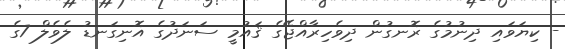
- ކިޔަވައި ދިނުމުގެ ރޮނގުން ދިވެހިރާއްޖޭގެ ޤައުމީ ސަނަދުގެ އޮނިގަނޑު ލެވެލް 7ގެ